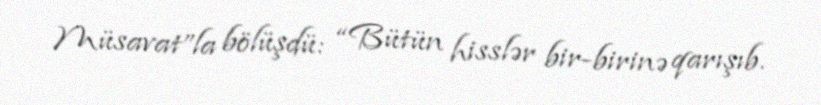
Müsavat”la bölüşdü: “Bütün hisslər bir-birinə qarışıb.